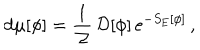
LaTeX: \mathrm { d } \mu [ \phi ] = \frac { 1 } { { \cal Z } } \, { \cal D } [ \phi ] \, \mathrm { e } ^ { - S _ { \mathrm { E } } [ \phi ] } \, ,